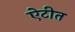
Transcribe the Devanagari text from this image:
ऐटीत